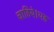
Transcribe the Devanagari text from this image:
चाहिये।यह